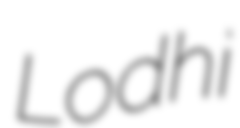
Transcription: Lodhi